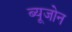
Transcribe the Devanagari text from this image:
ब्यूजोन